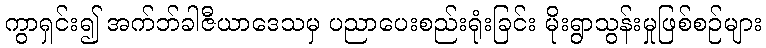
ကွာရှင်း၍ အက်ဘ်ခါဇီယာဒေသမှ ပညာပေးစည်းရုံးခြင်း မိုးရွာသွန်းမှုဖြစ်စဉ်များ